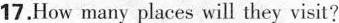
17. How many places will they visit?